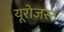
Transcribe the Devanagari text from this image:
यूरोजस्ट